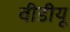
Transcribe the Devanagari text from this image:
वीडीयू